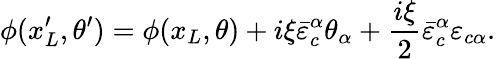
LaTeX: \phi(x_{L}^{\prime},\theta^{\prime})=\phi(x_{L},\theta)+i\xi{\bar{\varepsilon}}_{c}^{\alpha}\theta_{\alpha}+\frac{i\xi}{2}{\bar{\varepsilon}}_{c}^{\alpha}{\varepsilon}_{c\alpha}.